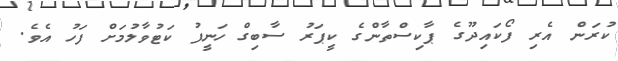
ކުރަން އެރި ފޯކައިދޫގެ ޕާކިސްތާންގެ ކީޕަރު ސާބިގް ހަނީފު ކަޓުވާލުމަށް ފަހު އެވެ.